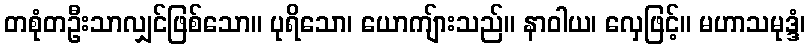
တစုံတဦးသာလျှင်ဖြစ်သော။ ပုရိသော၊ ယောကျ်ားသည်။ နာဝါယ၊ လှေဖြင့်။ မဟာသမုဒ္ဒံ၊